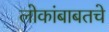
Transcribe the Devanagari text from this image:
लोकांबाबतचे